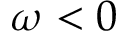
\omega < 0